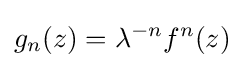
g_{n}(z)=\lambda ^{-n}f^{n}(z)